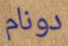
دونام